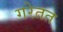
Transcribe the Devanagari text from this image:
गरेतत